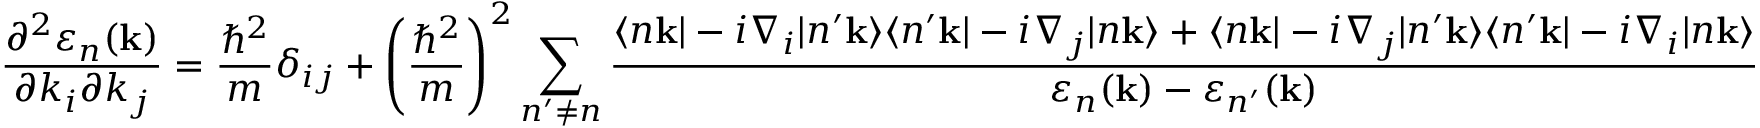
{ \frac { \partial ^ { 2 } \varepsilon _ { n } ( \mathbf { k } ) } { \partial k _ { i } \partial k _ { j } } } = { \frac { \hbar ^ { 2 } } { m } } \delta _ { i j } + \left( { \frac { \hbar ^ { 2 } } { m } } \right) ^ { 2 } \sum _ { n ^ { \prime } \neq n } { \frac { \langle n \mathbf { k } | - i \nabla _ { i } | n ^ { \prime } \mathbf { k } \rangle \langle n ^ { \prime } \mathbf { k } | - i \nabla _ { j } | n \mathbf { k } \rangle + \langle n \mathbf { k } | - i \nabla _ { j } | n ^ { \prime } \mathbf { k } \rangle \langle n ^ { \prime } \mathbf { k } | - i \nabla _ { i } | n \mathbf { k } \rangle } { \varepsilon _ { n } ( \mathbf { k } ) - \varepsilon _ { n ^ { \prime } } ( \mathbf { k } ) } }